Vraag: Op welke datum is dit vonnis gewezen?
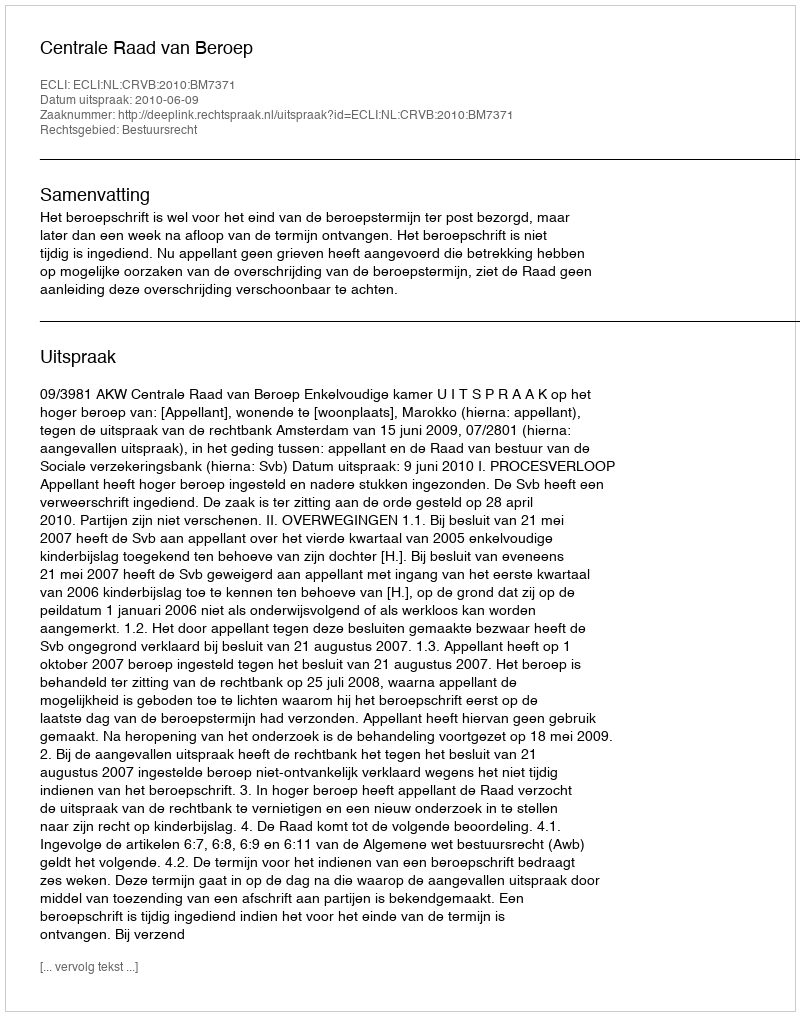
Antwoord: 2010-06-09